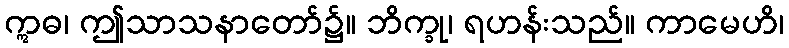
ဣဓ၊ ဤသာသနာတော်၌။ ဘိက္ခု၊ ရဟန်းသည်။ ကာမေဟိ၊